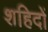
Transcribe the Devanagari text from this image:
शहिदों